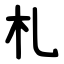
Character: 札